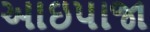
આઇપાજા